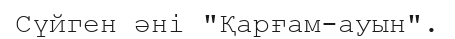
Сүйген әні "Қарғам-ауын".